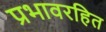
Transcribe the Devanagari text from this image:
प्रभावरहित